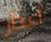
أعذار